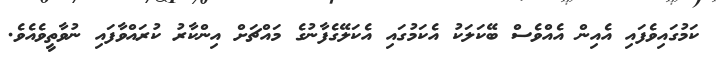
ކަމުގައިވެފައި އެއިން އެއްވެސް ބޭކަލަކު އެކަމުގައި އެކަލޭގެފާނުގެ މައްޗަށް އިންކާރު ކުރައްވާފައި ނުވާތީވެއެވެ.